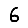
Digit: 6